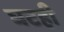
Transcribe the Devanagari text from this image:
घटही